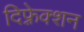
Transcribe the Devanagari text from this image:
दिफ़्रेक्शन